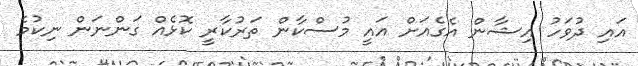
އައި ދުވަހު އިޝާން އެގެއަށް އައީ މުސްކާން ތަރުކާރީ ކޮޅެއް ގަންނަން ނިކުމެ